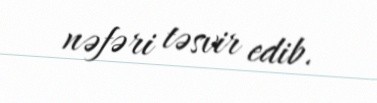
nəfəri təsvir edib.